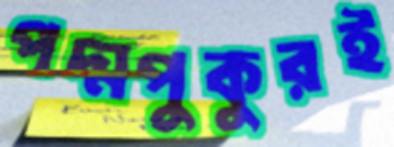
পদ্মপুকুরই